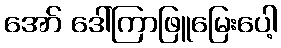
အော် ဒေါ်ကြာဖြူမြေးပေါ့